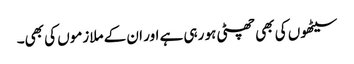
سیٹھوں کی بھی چھٹی ہو رہی ہے اور ان کے ملازموں کی بھی۔